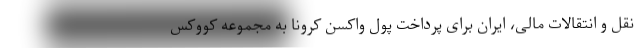
نقل و انتقالات مالی، ایران برای پرداخت پول واکسن کرونا به مجموعه کووکس